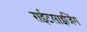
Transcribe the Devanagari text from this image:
राईटसाइजिंग